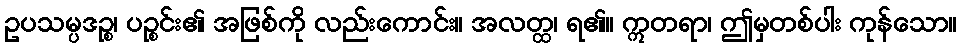
ဥပသမ္ပဒဉ္စ၊ ပဉ္စင်း၏ အဖြစ်ကို လည်းကောင်း။ အလတ္ထ၊ ရ၏။ ဣတရာ၊ ဤမှတစ်ပါး ကုန်သော။